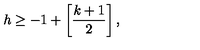
h \geq - 1 + \left[ \frac { k + 1 } { 2 } \right] ,